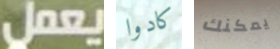
يعمل كادوا يمكنك